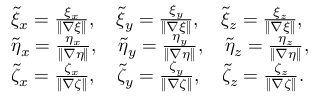
\begin{array} { l l } { \tilde { \xi } _ { x } = \frac { \xi _ { x } } { \| \nabla \xi \| } , \quad \tilde { \xi } _ { y } = \frac { \xi _ { y } } { \| \nabla \xi \| } , \quad \tilde { \xi } _ { z } = \frac { \xi _ { z } } { \| \nabla \xi \| } , } \\ { \tilde { \eta } _ { x } = \frac { \eta _ { x } } { \| \nabla \eta \| } , \quad \tilde { \eta } _ { y } = \frac { \eta _ { y } } { \| \nabla \eta \| } , \quad \tilde { \eta } _ { z } = \frac { \eta _ { z } } { \| \nabla \eta \| } , } \\ { \tilde { \zeta } _ { x } = \frac { \zeta _ { x } } { \| \nabla \zeta \| } , \quad \tilde { \zeta } _ { y } = \frac { \zeta _ { y } } { \| \nabla \zeta \| } , \quad \tilde { \zeta } _ { z } = \frac { \zeta _ { z } } { \| \nabla \zeta \| } . } \end{array}